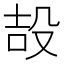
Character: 𭮪